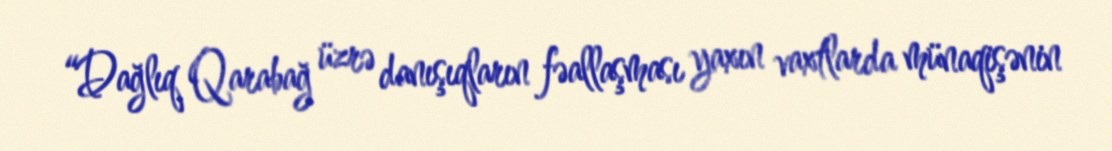
“Dağlıq Qarabağ üzrə danışıqların fəallaşması yaxın vaxtlarda münaqişənin